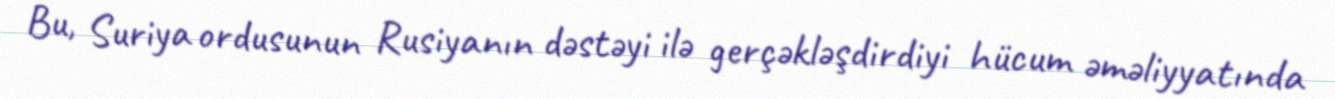
Bu, Suriya ordusunun Rusiyanın dəstəyi ilə gerçəkləşdirdiyi hücum əməliyyatında